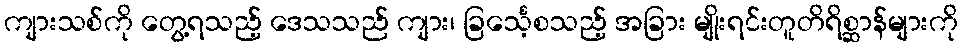
ကျားသစ်ကို တွေ့ရသည့် ဒေသသည် ကျား၊ ခြင်္သေ့စသည့် အခြား မျိုးရင်းတူတိရိစ္ဆာန်များကို